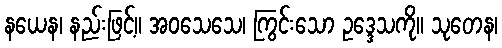
နယေန၊ နည်းဖြင့်။ အဝသေသေ၊ ကြွင်းသော ဥဒ္ဒေသကို။ သုတေန၊